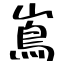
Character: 嶌